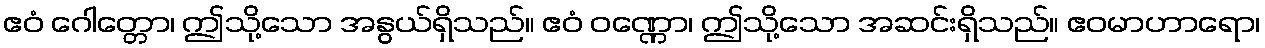
ဧဝံ ဂေါတ္တော၊ ဤသို့သော အနွယ်ရှိသည်။ ဧဝံ ဝဏ္ဏော၊ ဤသို့သော အဆင်းရှိသည်။ ဧဝမာဟာရော၊